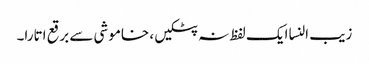
زیب النسا ایک لفظ نہ پٹکیں، خاموشی سے برقع اتارا۔